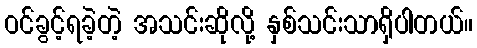
ဝင်ခွင့်ရခဲ့တဲ့ အသင်းဆိုလို့ နှစ်သင်းသာရှိပါတယ်။